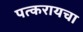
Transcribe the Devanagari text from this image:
पत्करायचा